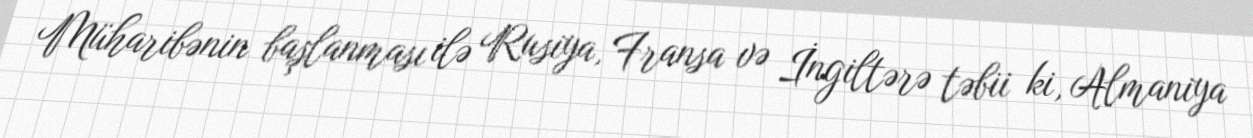
Müharibənin başlanması ilə Rusiya, Fransa və İngiltərə təbii ki, Almaniya